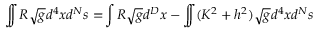
\int \! \! \! \! \int R \sqrt { g } d ^ { 4 } x d ^ { N } s = \! \int { \cal R } \sqrt { g } d ^ { D } x - \int \! \! \! \! \int ( K ^ { 2 } + h ^ { 2 } ) \sqrt { g } d ^ { 4 } x d ^ { N } s